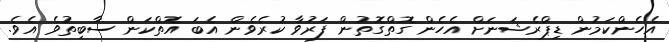
އެހެންކަމުން ޑިޕްރެޝަނަށް އެހެން ގޮތްގޮތުން ފަރުވާ ކުރެވެން އެބަ އޮތްކަން ސާބިތުވެ އެވެ.